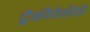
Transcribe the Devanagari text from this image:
ट्रैकीपैकीडी